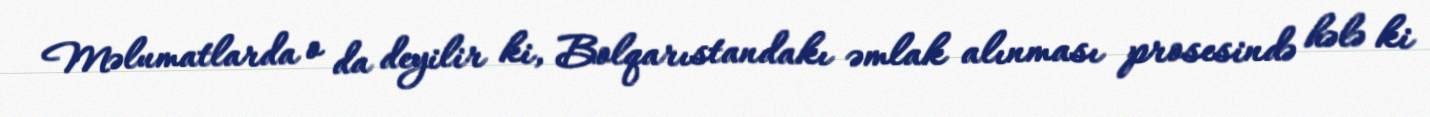
Məlumatlarda o da deyilir ki, Bolqarıstandakı əmlak alınması prosesində hələ ki